Assam Mental Hospital (Tezpur, India) - 1933-1948
Year: 1933
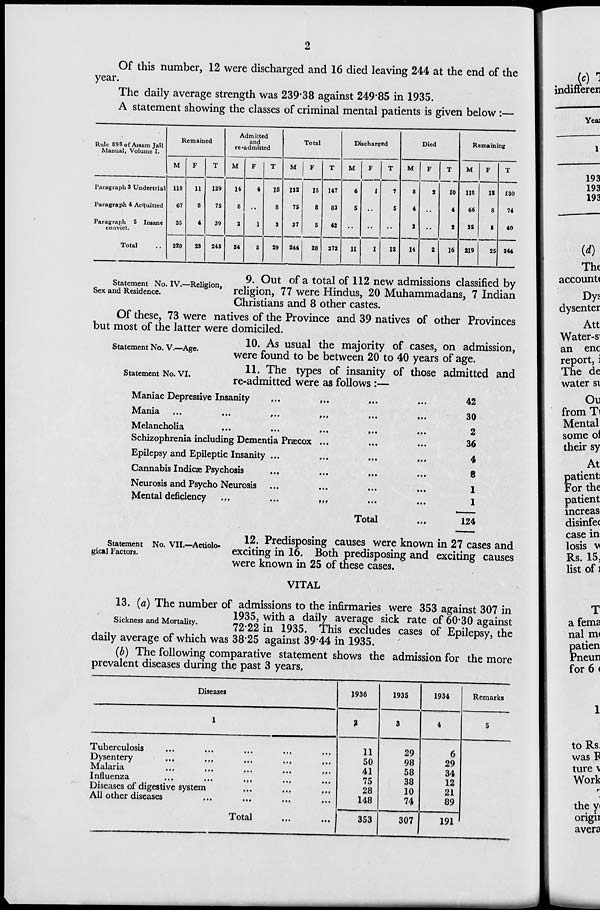
2
Of this number, 12 were discharged and 16 died leaving 244 at the end of the
year.
The daily average strength was 239.38 against 249.85 in 1935.
A statement showing the classes of criminal mental patients is given below:—
Rule 898 of Assam Jail
Manual, Volume I.
Paragraph 3 Undertrial
Paragraph 4 Acquitted
Paragraph 5 Insane
convict.
Total ..
Remained
M
118
67
35
220
F
11
8
4
23
T
129
75
39
243
Admitted
and
re-admitted
M
14
8
2
24
F
4
..
1
5
T
18
8
3
29
Total
M
132
75
37
244
F
15
8
5
28
T
147
83
42
272
Discharged
M
6
5
..
11
F
1
..
..
1
T
7
5
..
12
Died
M
8
4
2
14
F
2
..
..
2
T
10
4
2
16
Remaining
M
118
66
35
219
F
12
8
5
25
T
130
74
40
244
Statement No. IV.—Religion,
Sex and Residence.
9. Out of a total of 112 new admissions classified by
religion, 77 were Hindus, 20 Muhammadans, 7 Indian
Christians and 8 other castes.
Of these, 73 were natives of the Province and 39 natives of other Provinces
but most of the latter were domiciled.
Statement No. V.—Age.
10. As usual the majority of cases, on admission,
were found to be between 20 to 40 years of age.
Statement No. VI.
11. The types of insanity of those admitted and
re-admitted were as follows :—
Maniac Depressive Insanity
...
... ... ...
Mania
...
...
...
...
...
...
Melancholia
...
...
...
...
...
Schizophrenia including Dementia Præcox ... ... ...
Epilepsy and Epileptic Insanity ...
...
...
...
Cannabis Indicæ Psychosis
...
...
...
...
Neurosis and Psycho Neurosis ... ... ... ...
Mental deficiency
...
...
...
...
...
Total ...
42
30
2
36
4
8
1
1
124
Statement No. VII.—Aetiolo-
gical Factors.
12. Predisposing causes were known in 27 cases and
exciting in 16. Both predisposing and exciting causes
were known in 25 of these cases.
VITAL
Sickness and Mortality.
13. (a) The number of admissions to the infirmaries were 353 against 307 in
1935, with a daily average sick rate of 60.30 against
72.22 in 1935. This excludes cases of Epilepsy, the
daily average of which was 38.25 against 39.44 in 1935.
(b) The following comparative statement shows the admission for the more
prevalent diseases during the past 3 years.
Diseases
1
Tuberculosis ... ... ... ... ...
Dysentery
...
...
...
...
...
Malaria ... ... ... ... ...
Influenza
...
...
...
...
...
Diseases of digestive system ... ... ...
All other diseases
...
...
...
...
Total
... ...
1936
2
11
50
41
75
28
148
353
1935
3
29
98
58
38
10
74
307
1934
4
6
29
34
12
21
89
191
Remarks
5